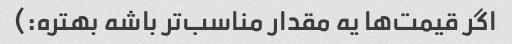
اگر قیمت‌ها یه مقدار مناسب‌تر باشه بهتره:)